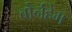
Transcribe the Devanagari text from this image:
बोर्नहेम